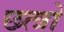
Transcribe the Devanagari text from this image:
छत्त्रो